Indian journal of veterinary science and animal husbandry - Volume 4,
Year: 1934
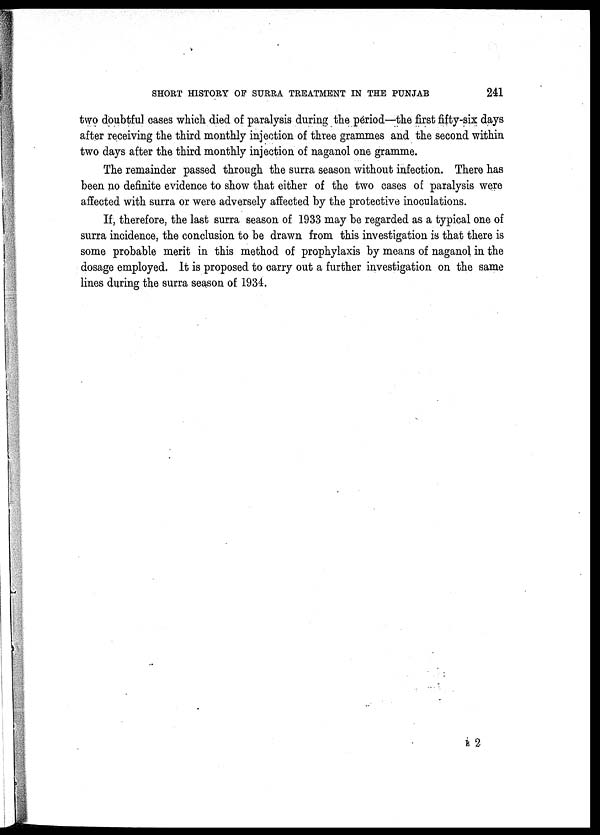
SHORT HISTORY OF SURRA TREATMENT IN THE PUNJAB
241
two doubtful cases which died of paralysis during the period—the first fifty-six days
after receiving the third monthly injection of three grammes and the second within
two days after the third monthly injection of naganol one gramme.
The remainder passed through the surra season without infection. There has
been no definite evidence to show that either of the two cases of paralysis were
affected with surra or were adversely affected by the protective inoculations.
If, therefore, the last surra season of 1933 may be regarded as a typical one of
surra incidence, the conclusion to be drawn from this investigation is that there is
some probable merit in this method of prophylaxis by means of naganol in the
dosage employed. It is proposed to carry out a further investigation on the same
lines during the surra season of 1934.
E 2